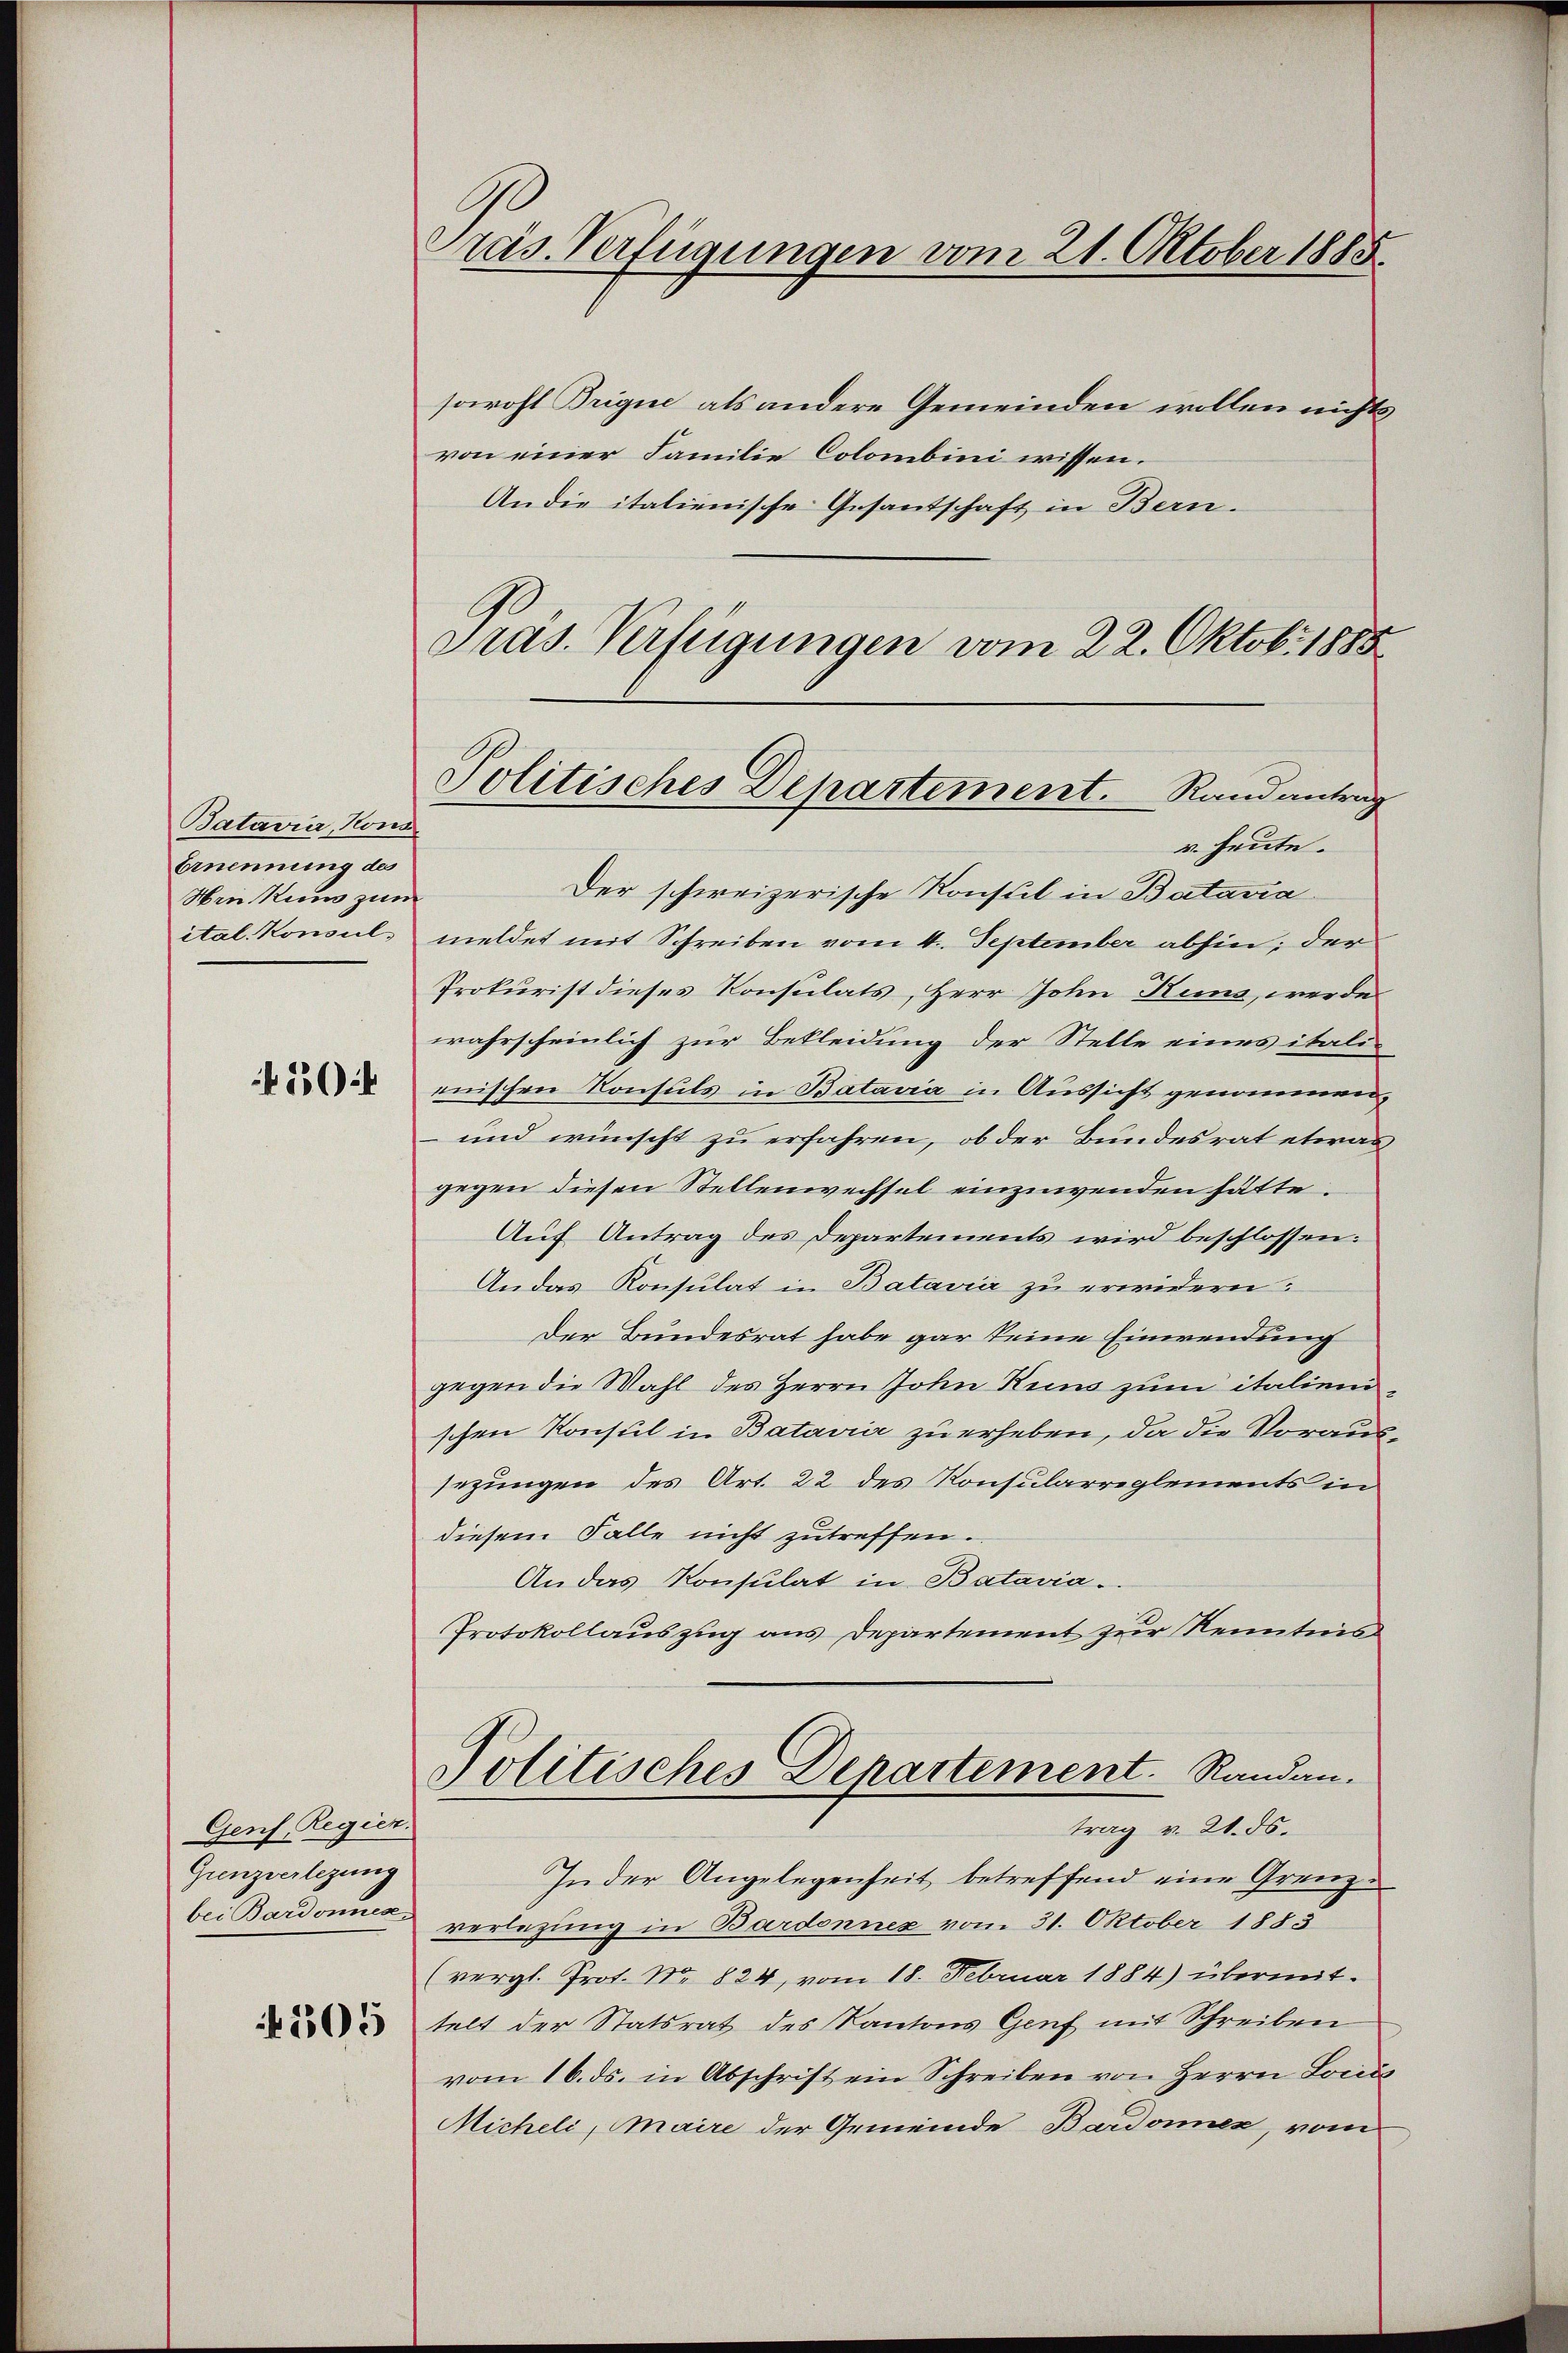
Batavia, Kons
Ernennung des
Hrn Kuns zum
ital. Konsul,

30

Genf, Regien.
Grenzverlegung
bei Bardonnex
4505

G
Präs. Verfügungen vom 21. Oktober 1885

sowohl Brigue als andere Gemeinden wollen nichts
von einer Familie Colombini wissen.
Andie italienische Gesantschaft in Bern-
Pras. Verfügungen vom 22. Oktobr. 1885

Politisches Departement. Randantrag

v. heute.
Der schweizerische Konsul in Bataria
meldet mit Schreiben vom 4. September abhin; der
Prokurist dieses Konsulats, Herr John Kuns, werde
wahrscheinlich zur Bekleidung der Stelle eines itali-
enischen Konsuls in Batavia in Aussicht genommen,
und wünscht zu erfahren, ob der Bundesrat etwas
gegen diesen Stellenwechsel einzuwenden hätte.
Auf Antrag des Departements wird beschlossen:
An das Konsulat in Batavia zu erwidern.
Der Bundesrat habe gar keine Einwendung
gegen die Wahl des Herrn John Kuns zum italienschen Konsul in Batarii zu erheben, da die Voraussezungen des Art. 22 des Konsularreglements in
diesem Falle nicht zutreffen.
An das Konsulat in Batavia.
Protokollauszug aus Departement zur Kenntnis
Politisches Departement. Randau.
trag v. 21. ds.
In der Angelegenheit betreffend eine Grenzverlegung in Bardonnez vom 31. Oktober 1883
(vergl. Prot. Nr. 824, vom 18. Februar 1884) übermittelt der Statsrat des Kantons Genf mit Schreiben
vom 16. ds. in Abschrift ein Schreiben von Herrn Locićs
Micheli, Maire der Gemeinde Bardonnex, vom